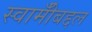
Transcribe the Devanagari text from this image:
स्वामीँबद्दल